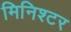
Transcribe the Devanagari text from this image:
मिनिश्टर